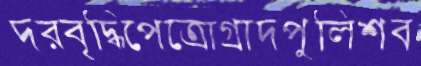
দরবৃদ্ধিপেত্রোগ্রাদপুলিশব